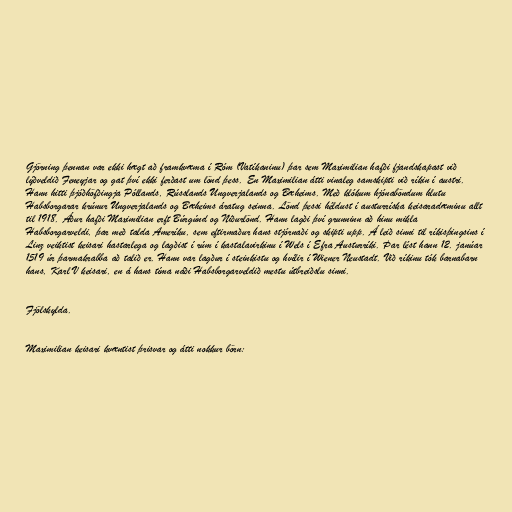
Gjörning þennan var ekki hægt að framkvæma í Róm (Vatíkaninu) þar sem Maximilian hafði fjandskapast við
lýðveldið Feneyjar og gat því ekki ferðast um lönd þess. En Maximilian átti vinaleg samskipti við ríkin í austri.
Hann hitti þjóðhöfðingja Póllands, Rússlands Ungverjalands og Bæheims. Með klókum hjónaböndum hlutu
Habsborgarar krúnur Ungverjalands og Bæheims áratug seinna. Lönd þessi héldust í austurríska keisaradæminu allt
til 1918. Áður hafði Maximilian erft Búrgúnd og Niðurlönd. Hann lagði því grunninn að hinu mikla
Habsborgarveldi, þar með talda Ameríku, sem eftirmaður hans stjórnaði og skipti upp. Á leið sinni til ríkisþingsins í
Linz veiktist keisari hastarlega og lagðist í rúm í kastalavirkinu í Wels í Efra Austurríki. Þar lést hann 12. janúar
1519 úr þarmakrabba að talið er. Hann var lagður í steinkistu og hvílir í Wiener Neustadt. Við ríkinu tók barnabarn
hans, Karl V keisari, en á hans tíma náði Habsborgarveldið mestu útbreiðslu sinni.

Fjölskylda.

Maximilian keisari kvæntist þrisvar og átti nokkur börn: